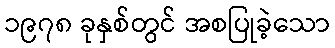
၁၉၇၈ ခုနှစ်တွင် အစပြုခဲ့သော